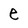
Character: e